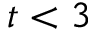
t < 3